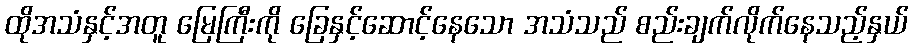
ထိုအသံနှင့်အတူ မြေကြီးကို ခြေနှင့်ဆောင့်နေသော အသံသည် စည်းချက်လိုက်နေသည့်နှယ်